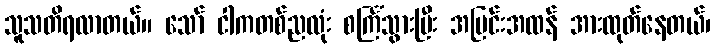
သူသတိရလာတယ်။ သော် ငါကတစ်ညလုံး စင်္ကြံသွားပြီး အပြင်းအထန် အားထုတ်နေတယ်၊